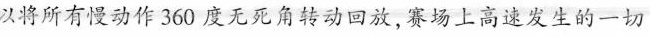
以将所有慢动作360度无死角转动回放,赛场上高速发生的一切